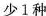
少1种